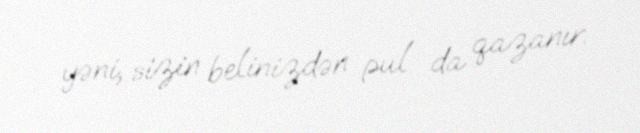
yəni, sizin belinizdən pul da qazanır.